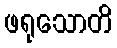
ဖရုသောတိ